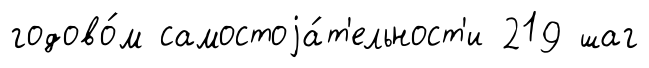
годово́м самостоjа́т'ельност'и 219 шаг